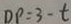
D P = 3 - t